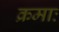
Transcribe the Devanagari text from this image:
क्रमाः